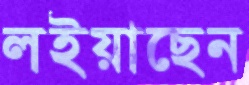
লইয়াছেন